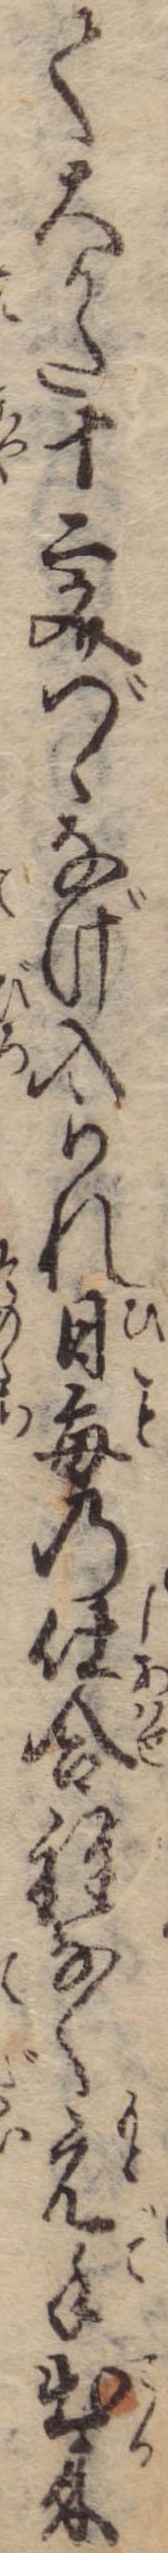
て大かた十二文づゝなげ入られ日毎の仕合程なく元手出来